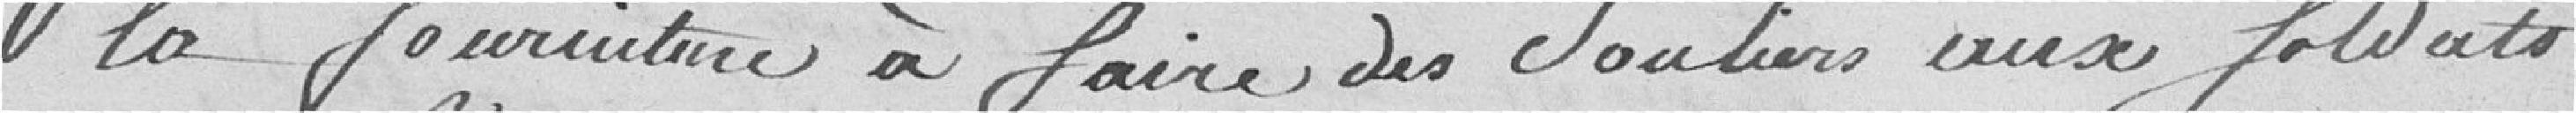
la fourniture à faire, des souliers aux soldats